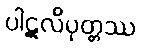
ပါဋလိပုတ္တဿ